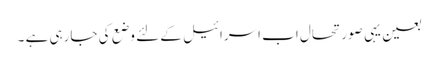
بعین یہی صورتحال اب اسرائیل کے لئے وضع کی جارہی ہے ۔